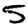
Digit: 5